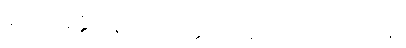
၄၂၂။ အန္နံ ပါနံ ဃရံ ဝတ္ထံ၊ ယာနံ မာလာ ဝိလေပနံ။